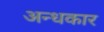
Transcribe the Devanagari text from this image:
अन्‍धकार